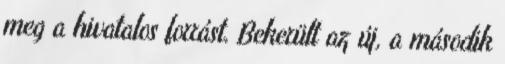
meg a hivatalos forrást. Bekerült az új, a második